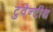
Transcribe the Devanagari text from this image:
टुवेन्टीथ